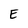
Character: E